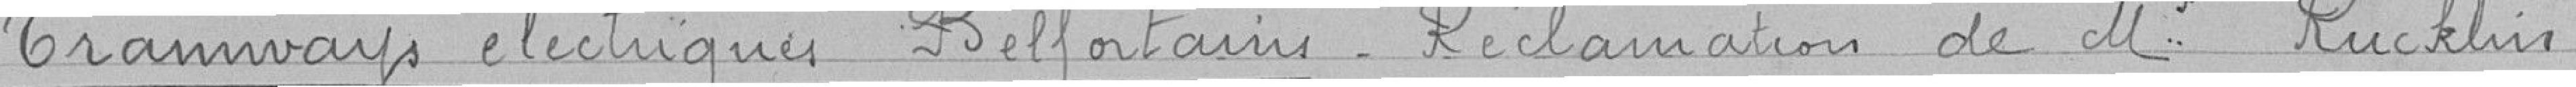
Tramways électriques Belfortains. Réclamation de Mr Rucklin